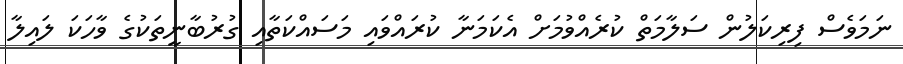
ނަމަވެސް ފިރިކަލުން ސަލާމަތް ކުރެއްވުމަށް އެކަމަނާ ކުރައްވައި މަސައްކަތާއި ގުރުބާނީތަކުގެ ވާހަކަ ލައިލާ